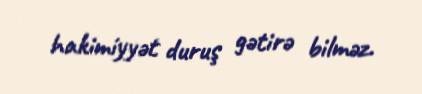
hakimiyyət duruş gətirə bilməz.